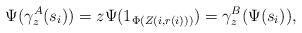
LaTeX: \begin{align*} \Psi(\gamma^A_z(s_i)) = z \Psi(1_{\Phi(Z(i, r(i)))}) = \gamma^B_z(\Psi(s_i)), \end{align*}